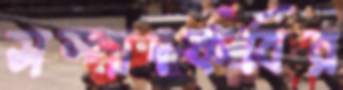
সম্পাদকবির